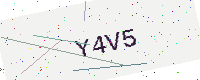
Text: Y4V5